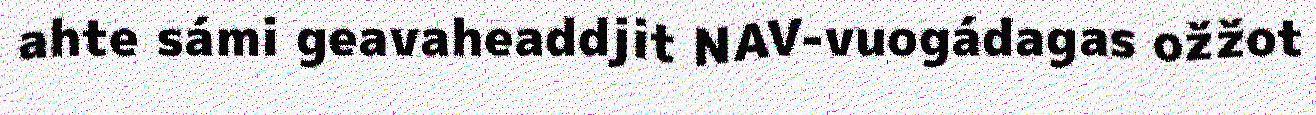
ahte sámi geavaheaddjit NAV-vuogádagas ožžot